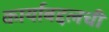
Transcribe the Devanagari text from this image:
कार्याबद्दलची